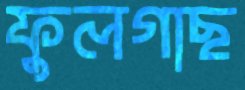
ফুলগাছ